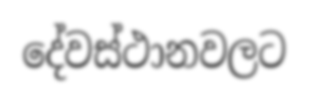
දේවස්ථානවලට